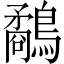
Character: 鷸